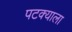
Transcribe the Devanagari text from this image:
पटक्याला